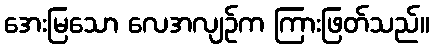
အေးမြသော လေအလျဉ်က ကြားဖြတ်သည်။